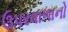
ઉપરવાળાનો